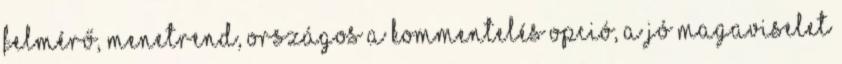
felmérő, menetrend, országos A kommentelés opció, a jó magaviselet